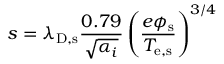
s = \lambda _ { \mathrm { D , s } } \frac { 0 . 7 9 } { \sqrt { \alpha _ { i } } } \left( \frac { e \phi _ { \mathrm { s } } } { T _ { \mathrm { e , s } } } \right) ^ { 3 / 4 }